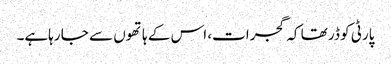
پارٹی کو ڈر تھا کہ گجرات، اس کے ہاتھوں سے جا رہاہے۔